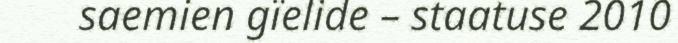
saemien gïelide – staatuse 2010